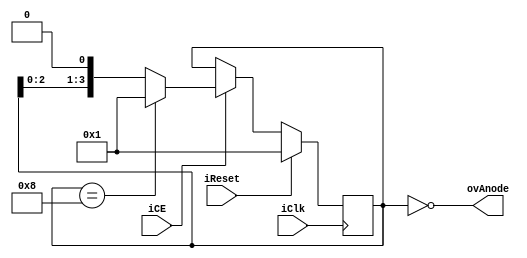
`timescale 1ns / 1ps
//////////////////////////////////////////////////////////////////////////////////
// Company: 
// Engineer: 
// 
// Design Name: 
// Module Name:    mAnode 
// Project Name: 
// Target Devices: 
// Tool versions: 
// Description: 
//
// Dependencies: 
//
// Revision: 
// Revision 0.01 - File Created
// Additional Comments: 
//
//////////////////////////////////////////////////////////////////////////////////
module mAnode(

input	iClk,
input	iReset,
input	iCE,
output	[3:0]ovAnode
    );

reg [3:0]rvAnodeQ=1;
reg [3:0]rvAnodeD=1;

assign ovAnode=~rvAnodeQ;

always @*
begin
	if(rvAnodeQ==4'b1000)
	begin
		rvAnodeD=4'b0001;
	end
	else
	begin
		rvAnodeD=rvAnodeQ<<1;
	end
end



always @(posedge iClk)
begin
	if(iReset)
	begin
		rvAnodeQ<=1;
	end
	else
	begin
		if(iCE)
		begin
			rvAnodeQ<=rvAnodeD;
		end
		else
		begin
			rvAnodeQ<=rvAnodeQ;
		end
	end
end


endmodule